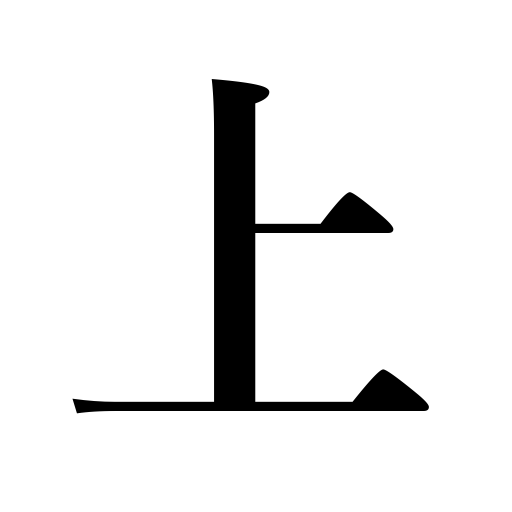
Meanings: climb,besides,admit,raise,top,be finished,superior,emperor,mention,bring up a matter,fry,begin spinning cocoons,serve food,from the standpoint of,upper part,get ruffled,advance in price,give examples,present,finish,vomit,up,leave with,upper part of the body,be caught,increase,sail up,add up to,bear a child,come up on the agenda,rains stop,governmental,higher,upward,rise,in authority,government,upper stream,best,accrue,go to the capital,go bankrupt,advance,the above,expenses come to,as a matter of fact,offer,usher in,send some out from Kyoto,upon examination,summit,eat,far better,high class,influence of liquor,quote,die,presenting,perform,be promoted,engage,weaken as a battery,promote,ascend,drink,a superior,sovereign,let up rain,climb up,going up,outer,do up the hair,arrest,imperial,shogun,praise,record,send to school,be offered,as far as…is concerned,go up,showing,aboard a ship or vehicle,lord,arrange expenses,head,observe,surface,first volume,appreciate,elevate,after,improve talents,fly kites